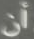
أن